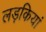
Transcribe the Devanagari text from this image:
लड़कियां